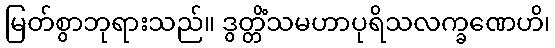
မြတ်စွာဘုရားသည်။ ဒွတ္တိံသမဟာပုရိသလက္ခဏေဟိ၊